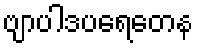
ဗျာပါဒပရေတေန